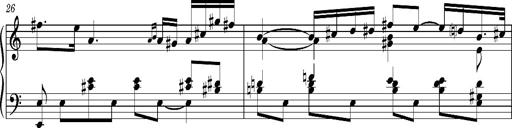
Title: Introduction des Variations sur une marche du SiÃ¨ge de Corinthe, S.421a
Composer: Franz Liszt
Key: F minor